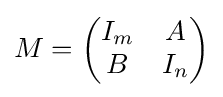
M={\begin{pmatrix}I_{m}&A\\B&I_{n}\end{pmatrix}}